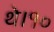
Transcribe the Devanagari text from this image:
थे।१०